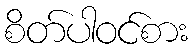
စိတ်ပါဝင်စား